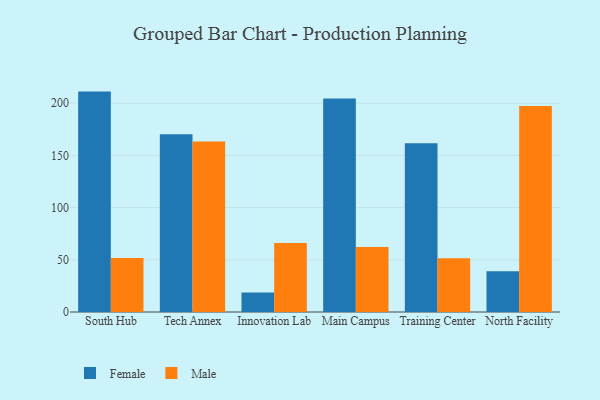
{"axis": {"x": "Campus", "y": "Energy Usage (MWh)"}, "legend": ["Female", "Male"], "data": [{"x": "South Hub", "y": 211.1, "type": "Female"}, {"x": "South Hub", "y": 51.8, "type": "Male"}, {"x": "Tech Annex", "y": 170.2, "type": "Female"}, {"x": "Tech Annex", "y": 163.3, "type": "Male"}, {"x": "Innovation Lab", "y": 18.6, "type": "Female"}, {"x": "Innovation Lab", "y": 66.1, "type": "Male"}, {"x": "Main Campus", "y": 204.5, "type": "Female"}, {"x": "Main Campus", "y": 62.2, "type": "Male"}, {"x": "Training Center", "y": 161.6, "type": "Female"}, {"x": "Training Center", "y": 51.6, "type": "Male"}, {"x": "North Facility", "y": 39.1, "type": "Female"}, {"x": "North Facility", "y": 197.3, "type": "Male"}]}